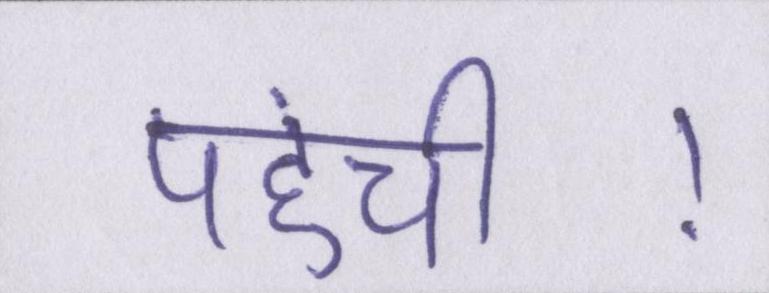
पहुंची।